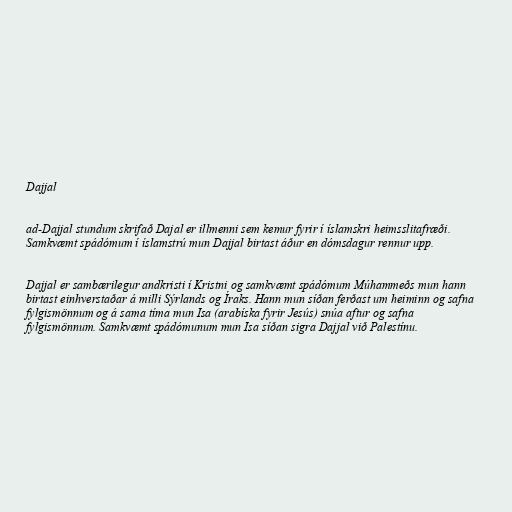
Dajjal

ad-Dajjal stundum skrifað Dajal er illmenni sem kemur fyrir í íslamskri heimsslitafræði.
Samkvæmt spádómum í íslamstrú mun Dajjal birtast áður en dómsdagur rennur upp.

Dajjal er sambærilegur andkristi í Kristni og samkvæmt spádómum Múhammeðs mun hann
birtast einhverstaðar á milli Sýrlands og Íraks. Hann mun síðan ferðast um heiminn og safna
fylgismönnum og á sama tíma mun Isa (arabíska fyrir Jesús) snúa aftur og safna
fylgismönnum. Samkvæmt spádómunum mun Isa síðan sigra Dajjal við Palestínu.